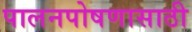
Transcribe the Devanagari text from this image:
पालनपोषणासाठी